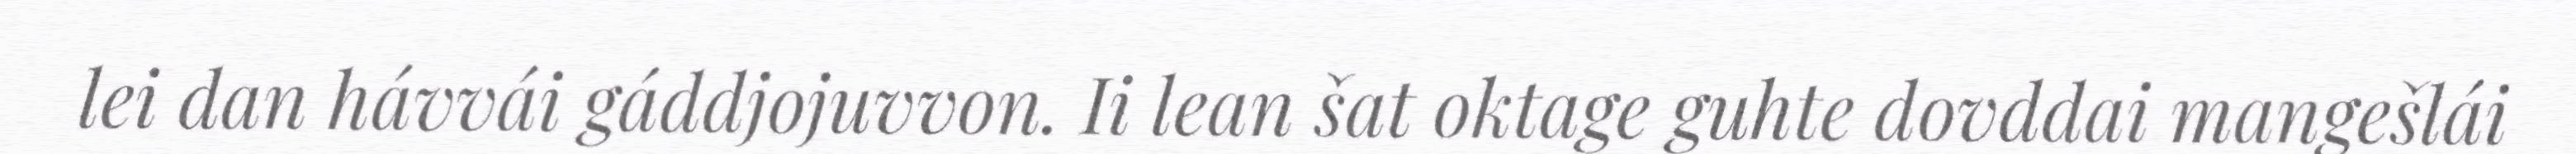
lei dan hávvái gáddjojuvvon. Ii lean šat oktage guhte dovddai mangešlái